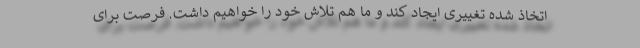
اتخاذ شده تغییری ایجاد کند و ما هم تلاش خود را خواهیم داشت. فرصت برای